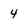
Character: 4